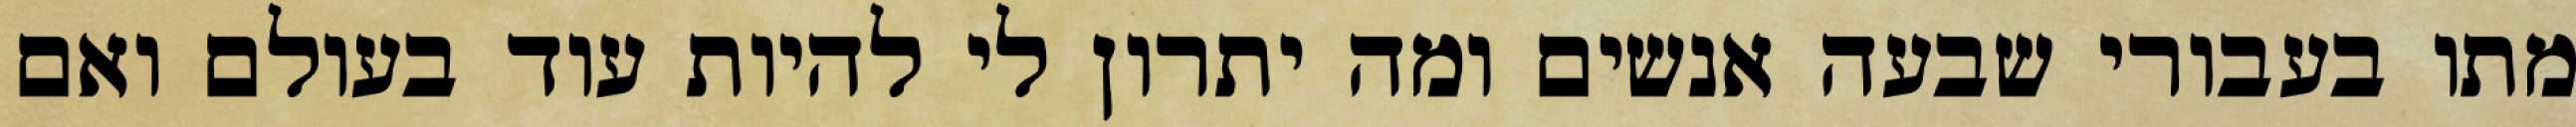
מתו בעבורי שבעה אנשים ומה יתרון לי להיות עוד בעולם ואם